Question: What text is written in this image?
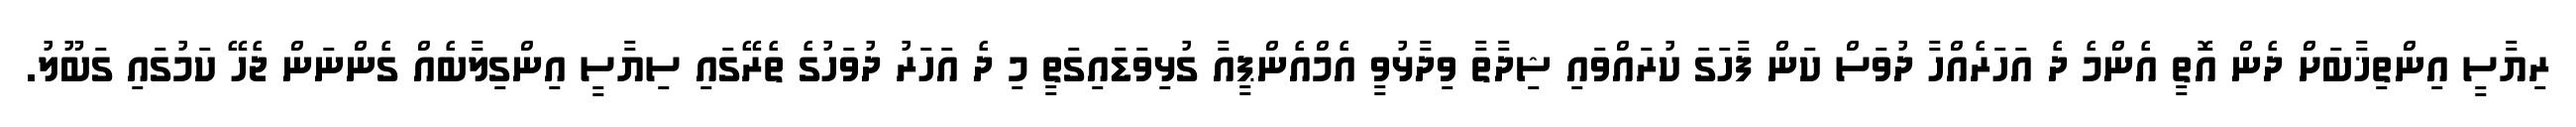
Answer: ރިޔާސީ އިންތިޚާބަށް ދެން އޮތީ އެންމެ ދެ އަހަރެއްހާ ދުވަސް ކަން ފާހަގަ ކުރައްވައި ޝިދާތާ ވިދާޅުވީ އެމްއެންޕީއާ ގުޅިވަޑައިގަތީ މި ދެ އަހަރު ދުވަހުގެ ތެރޭގައި ސިޔާސީ އިންގިލާބެއް ގެންނަން ޖެހޭ ކަމުގައި ގަބޫލު.